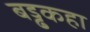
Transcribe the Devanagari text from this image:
बड्ढकहा